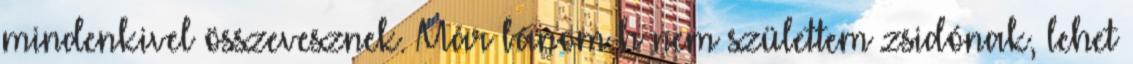
mindenkivel összevesznek. Már bánom h nem születtem zsidónak, lehet